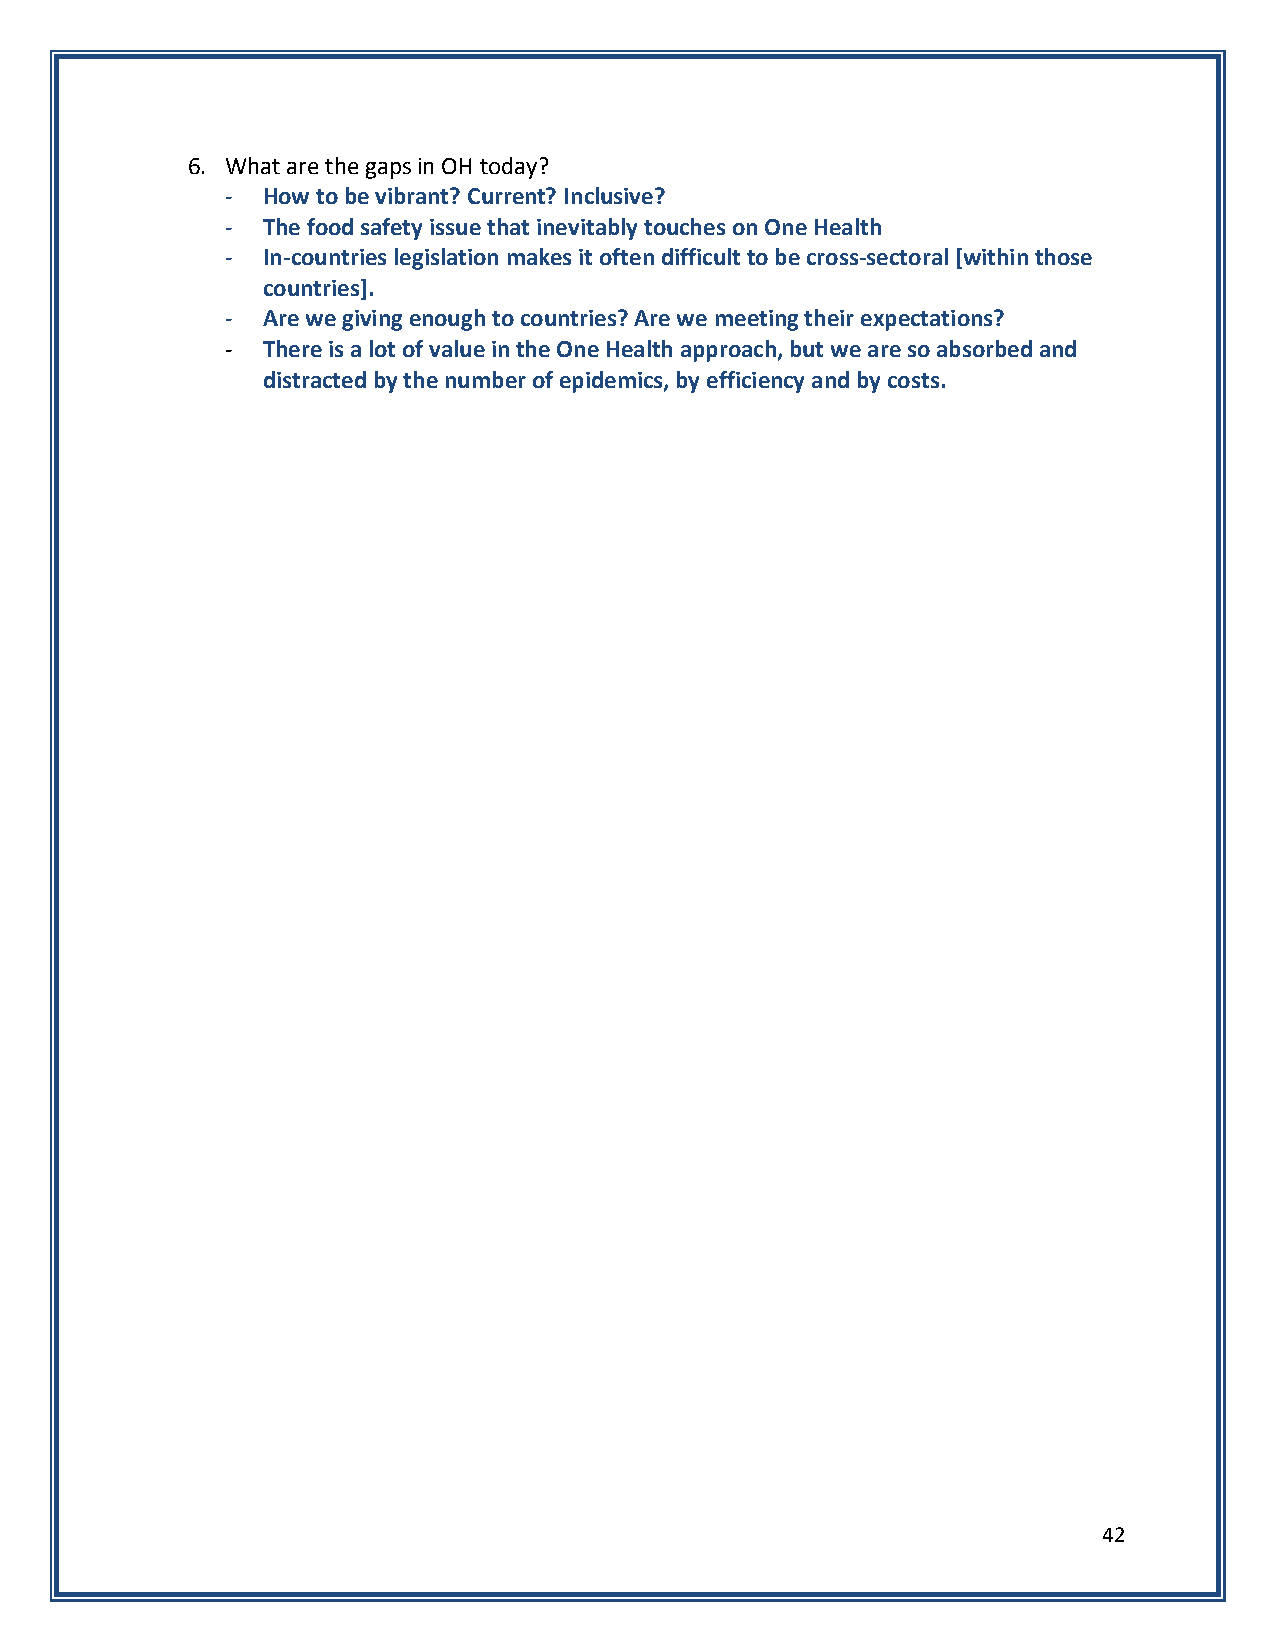
6. What are the gaps in OH today?
 - How to be vibrant? Current? Inclusive?
 - The food safety issue that inevitably touches on One Health
 - In-countries legislation makes it often difficult to be cross-sectoral [within those
 countries].
 - Are we giving enough to countries? Are we meeting their expectations?
 - There is a lot of value in the One Health approach, but we are so absorbed and
 distracted by the number of epidemics, by efficiency and by costs.
 42